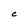
Character: C